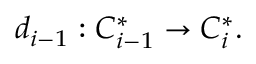
d _ { i - 1 } : C _ { i - 1 } ^ { * } \to C _ { i } ^ { * } .